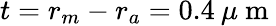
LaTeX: t=r_{m}-r_{a}=0.4\: \mu\mathrm{~m~}